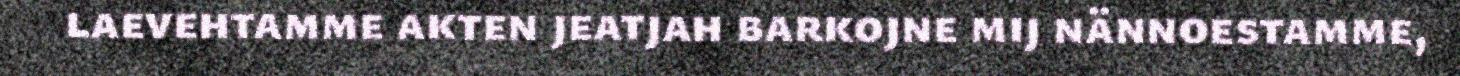
laevehtamme akten jeatjah barkojne mij nännoestamme,